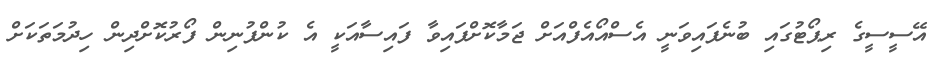
އޭސީސީގެ ރިޕޯޓުގައި ބުނެފައިވަނީ އެސްއޯއެފްއަށް ޖަމާކޮށްފައިވާ ފައިސާއަކީ އެ ކުންފުނިން ފޯރުކޮށްދިން ހިދުމަތަކަށް